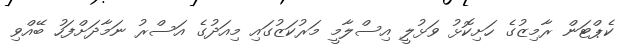
ކެޕްޓަން ރާމިޒުގެ ހަށިކޮޅު ވަޅުލީ އިސްލާމީ މަރުކަޒުގައި މިއަދުގެ އަސްރު ނަމާދަށްފަހު ބޭއްވި